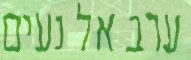
ערב אל נעים